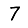
Digit: 7